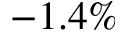
- 1 . 4 \%